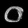
Digit: ၀